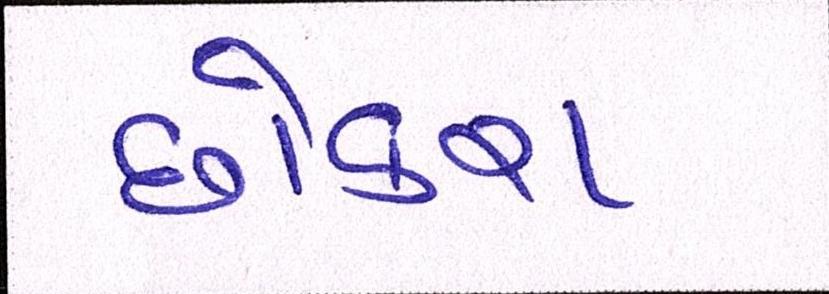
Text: છોકરા